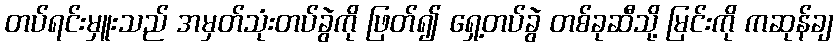
တပ်ရင်းမှူးသည် အမှတ်သုံးတပ်ခွဲကို ဖြတ်၍ ရှေ့တပ်ခွဲ တစ်ခုဆီသို့ မြင်းကို ကဆုန်ချ